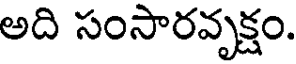
అది సంసారవృక్షం.